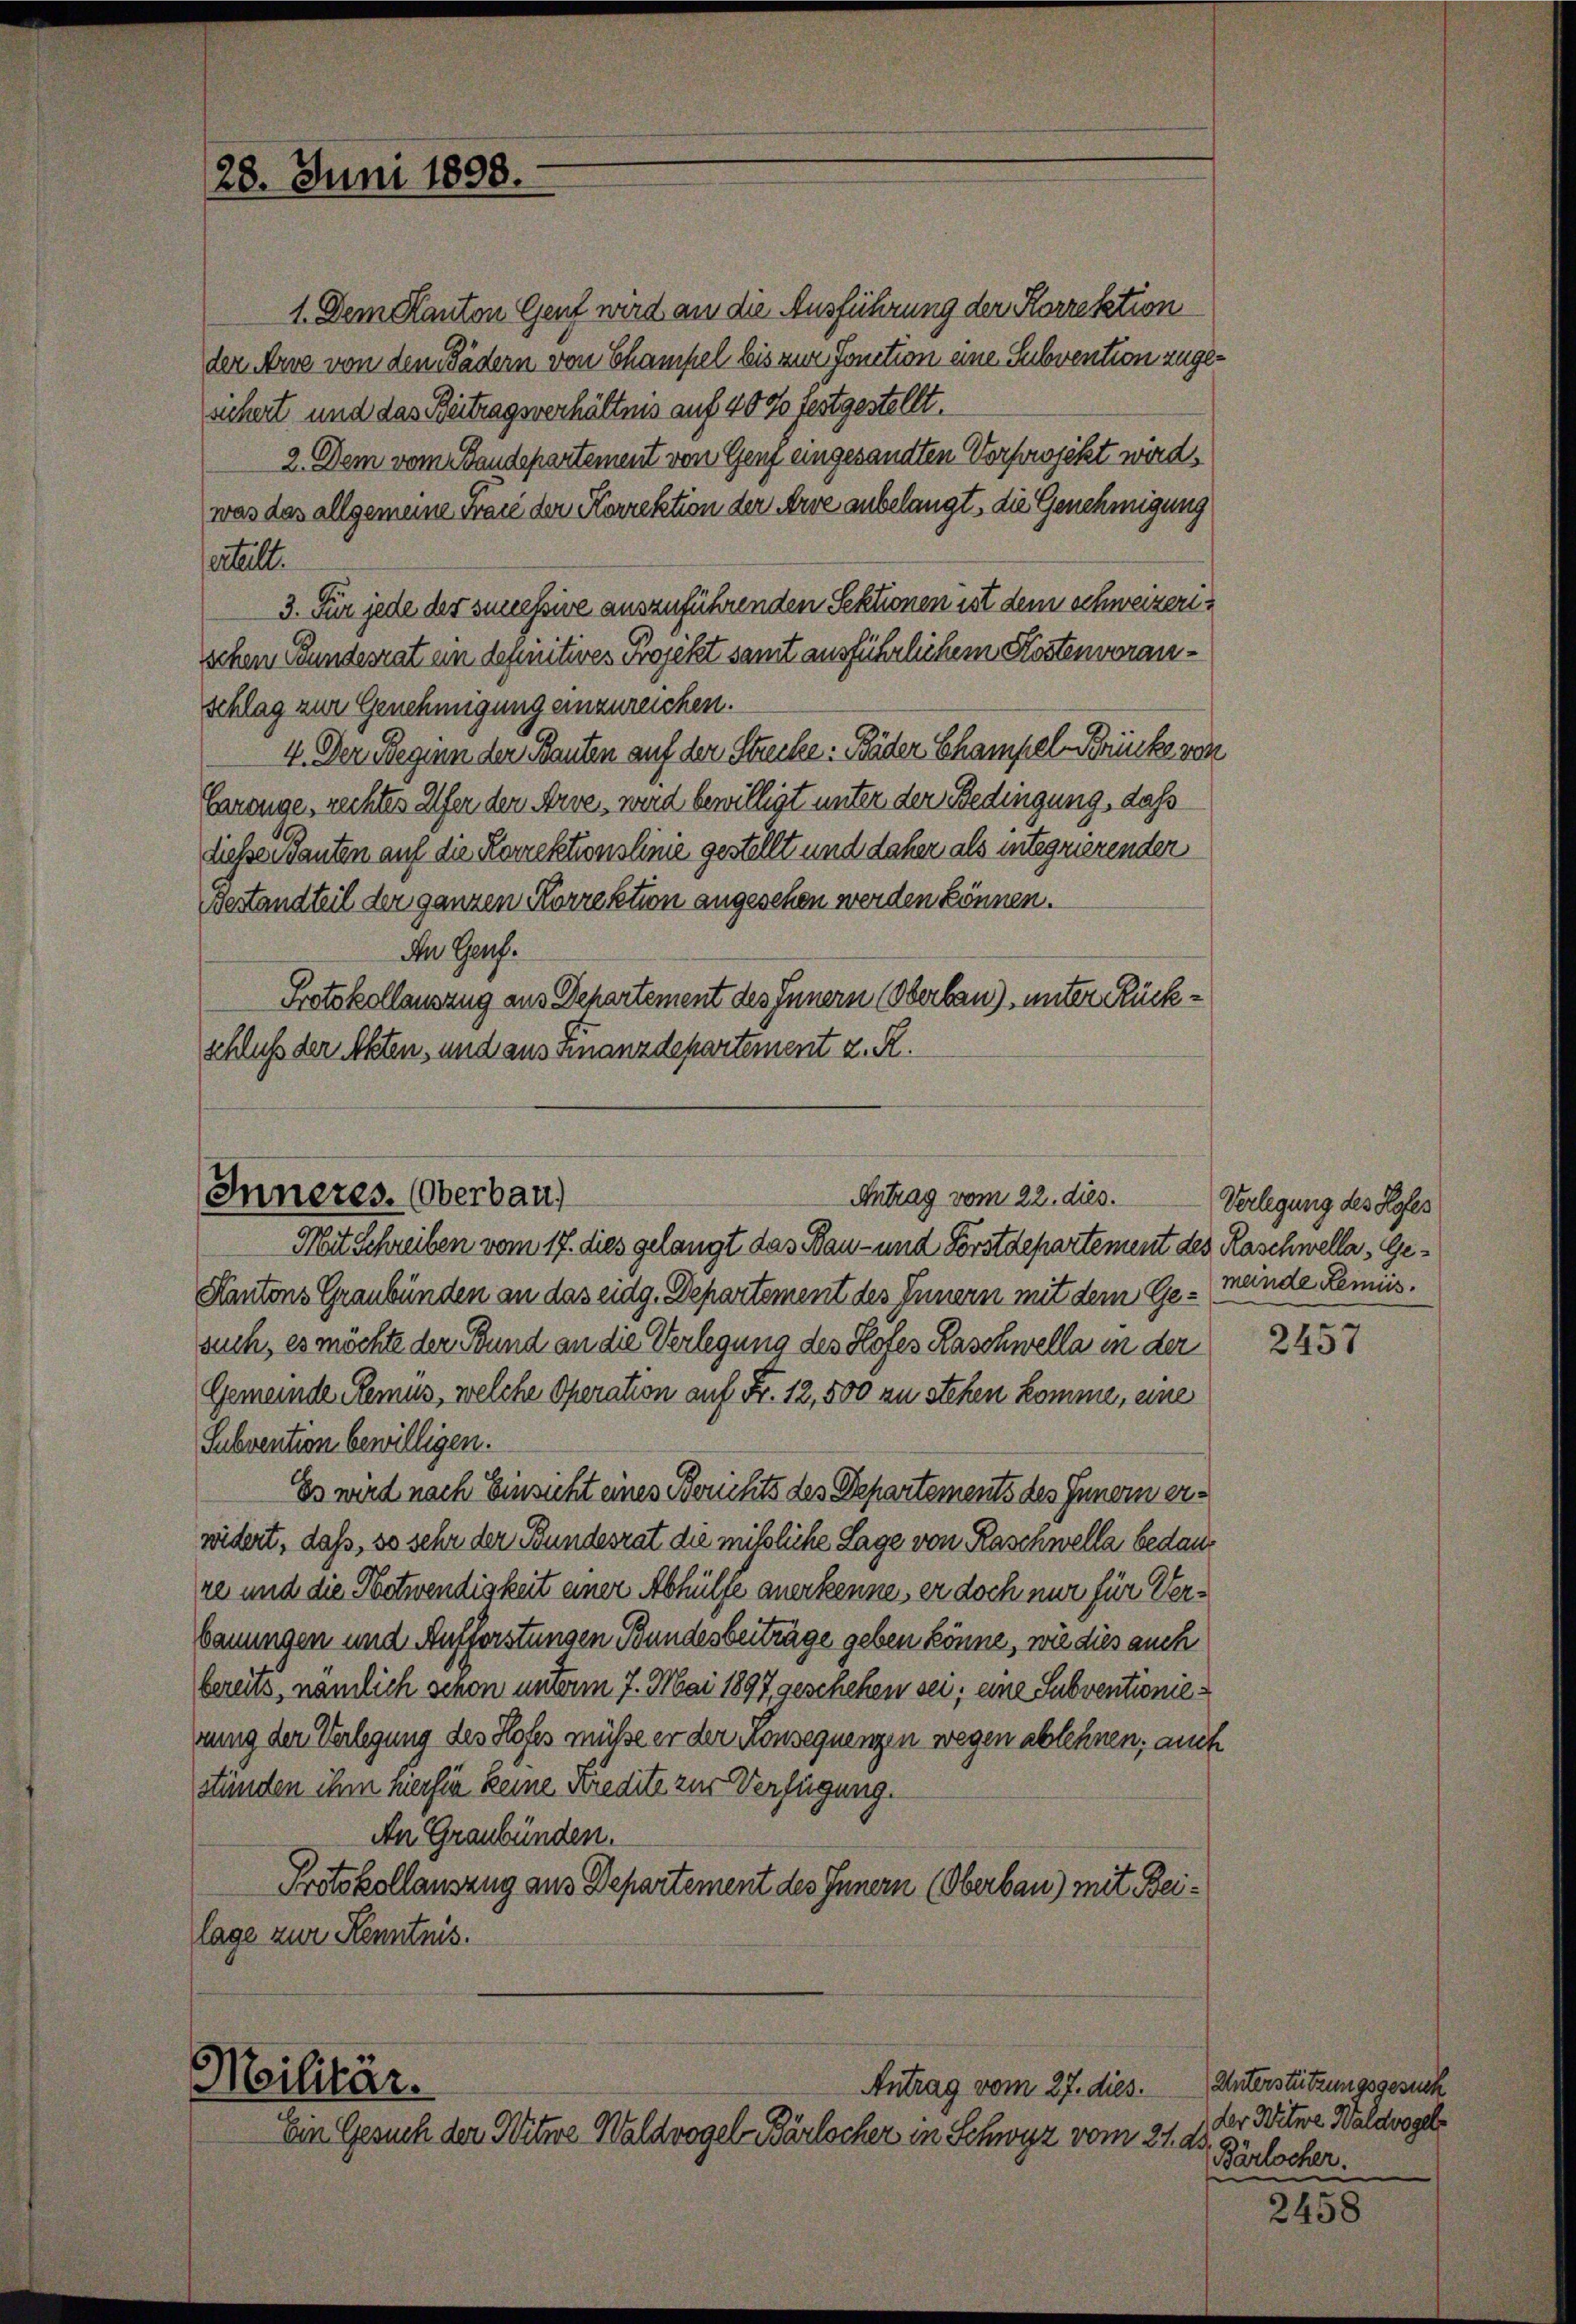
1. Dem Kanton Genf wird an die Ausführung der Korrektion
der Arre von dem Pädern von Champel bis zur Fonction eine Subvention zugesichert und das Beitragsverhältnis auf 400 festgestellt.
2. Dem vom Baudepartement von Genf eingesandten Vorfowojekt wird.
was das allgemeine Frau der Korrektion der Arve anbelangt, die Genehmigung
eitelt.
3. Für jede der successive auszuführenden Sektionen ist dem Schweizerischen Bundesrat ein definitives Projekt samt ausführlichem Kostenvoranschlag zur Genehmigung einzureichen.
4. Der Beginn der Bauten auf der Strecke: Bäder Champel-Brücke von
Errange, rechtes Ufer den Arve, wird bewilligt unter der Bedingung, daß
dieser Tanten auf die Korrektionslinie gestellt und daher als integrierenden
Bestandteil der ganzen Korrektion angesehen werden können.
An Genf.
Protokollauszug aus Departement des Innern (Oberbau), unter Rückschluß der Akten, und aus Finanzdepartement z. R.

28. Juni 1898.

Antrag vom 22. dies.
Inneres. (Oberbau)
Mit Schreiben vom 17. dies gelangt das Bau- und Forstdepartement des Raschwella, Ge¬

Kantons Graubünden an das eidg. Departement des Innern mit dem Gesuch, es möchte der Bund an die Verlegung des Hofes Raschwella in der
Gemeinde Remüs, welche Operation auf Fr. 12,500 zu stehen komme, eine
Subvention bewilligen.
Es wird nach Einsicht eines Berichts des Departements des Innern erwidert, daß, so sehr der Bundesrat die mißliche Lage von Raschwella bedaure und die Notwendigkeit einer Abhülfe anerkennen, er doch nur für Verbauungen und Aufforstungen Bundesbeiträge geben könne, wie dies auch
bereits, nämlich schon unterm 7. Mai 1897, geschehen sei; eine Subventionienung der Verlegung des Hofes müße er der Konsequenzen wegen ablehnen, auch
ständen ihm merhin keine Kredite zur Verfügung.
An Graubünden.
Protokollauszug aus Departement des Innern (Oberbau) mit Beilage zur Kenntnis.

Militär.
Ein Gesuch der Witwe Waldvogel Bärlocher in Schwyz vom 21. d.

Antrag vom 27. dies.

Verlegung des Hofes
meinde Remiis.

2457

Unterstützungsgesuch
der Witwe Waldvogels
Bärlocher.

2458